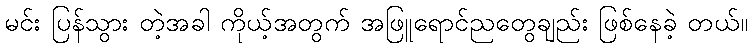
မင်း ပြန်သွား တဲ့အခါ ကိုယ့်အတွက် အဖြူရောင်ညတွေချည်း ဖြစ်နေခဲ့ တယ်။